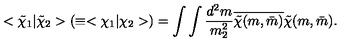
< \tilde { \chi } _ { 1 } | \tilde { \chi } _ { 2 } > ( \equiv < \chi _ { 1 } | \chi _ { 2 } > ) = \int \int \frac { d ^ { 2 } m } { m _ { 2 } ^ { 2 } } \overline { { \tilde { \chi } ( m , \bar { m } ) } } \tilde { \chi } ( m , \bar { m } ) .